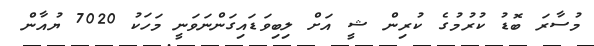
މުސާރަ ބޮޑު ކުރުމުގެ ކުރިން ޝީ އަށް ލިބިވަޑައިގަންނަވަނީ މަހަކު 7020 ޔުއާން